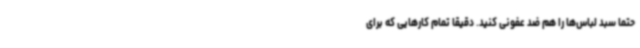
حتما سبد لباس‌ها را هم ضد عفونی کنید. دقیقا تمام کارهایی که برای